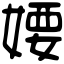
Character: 婹